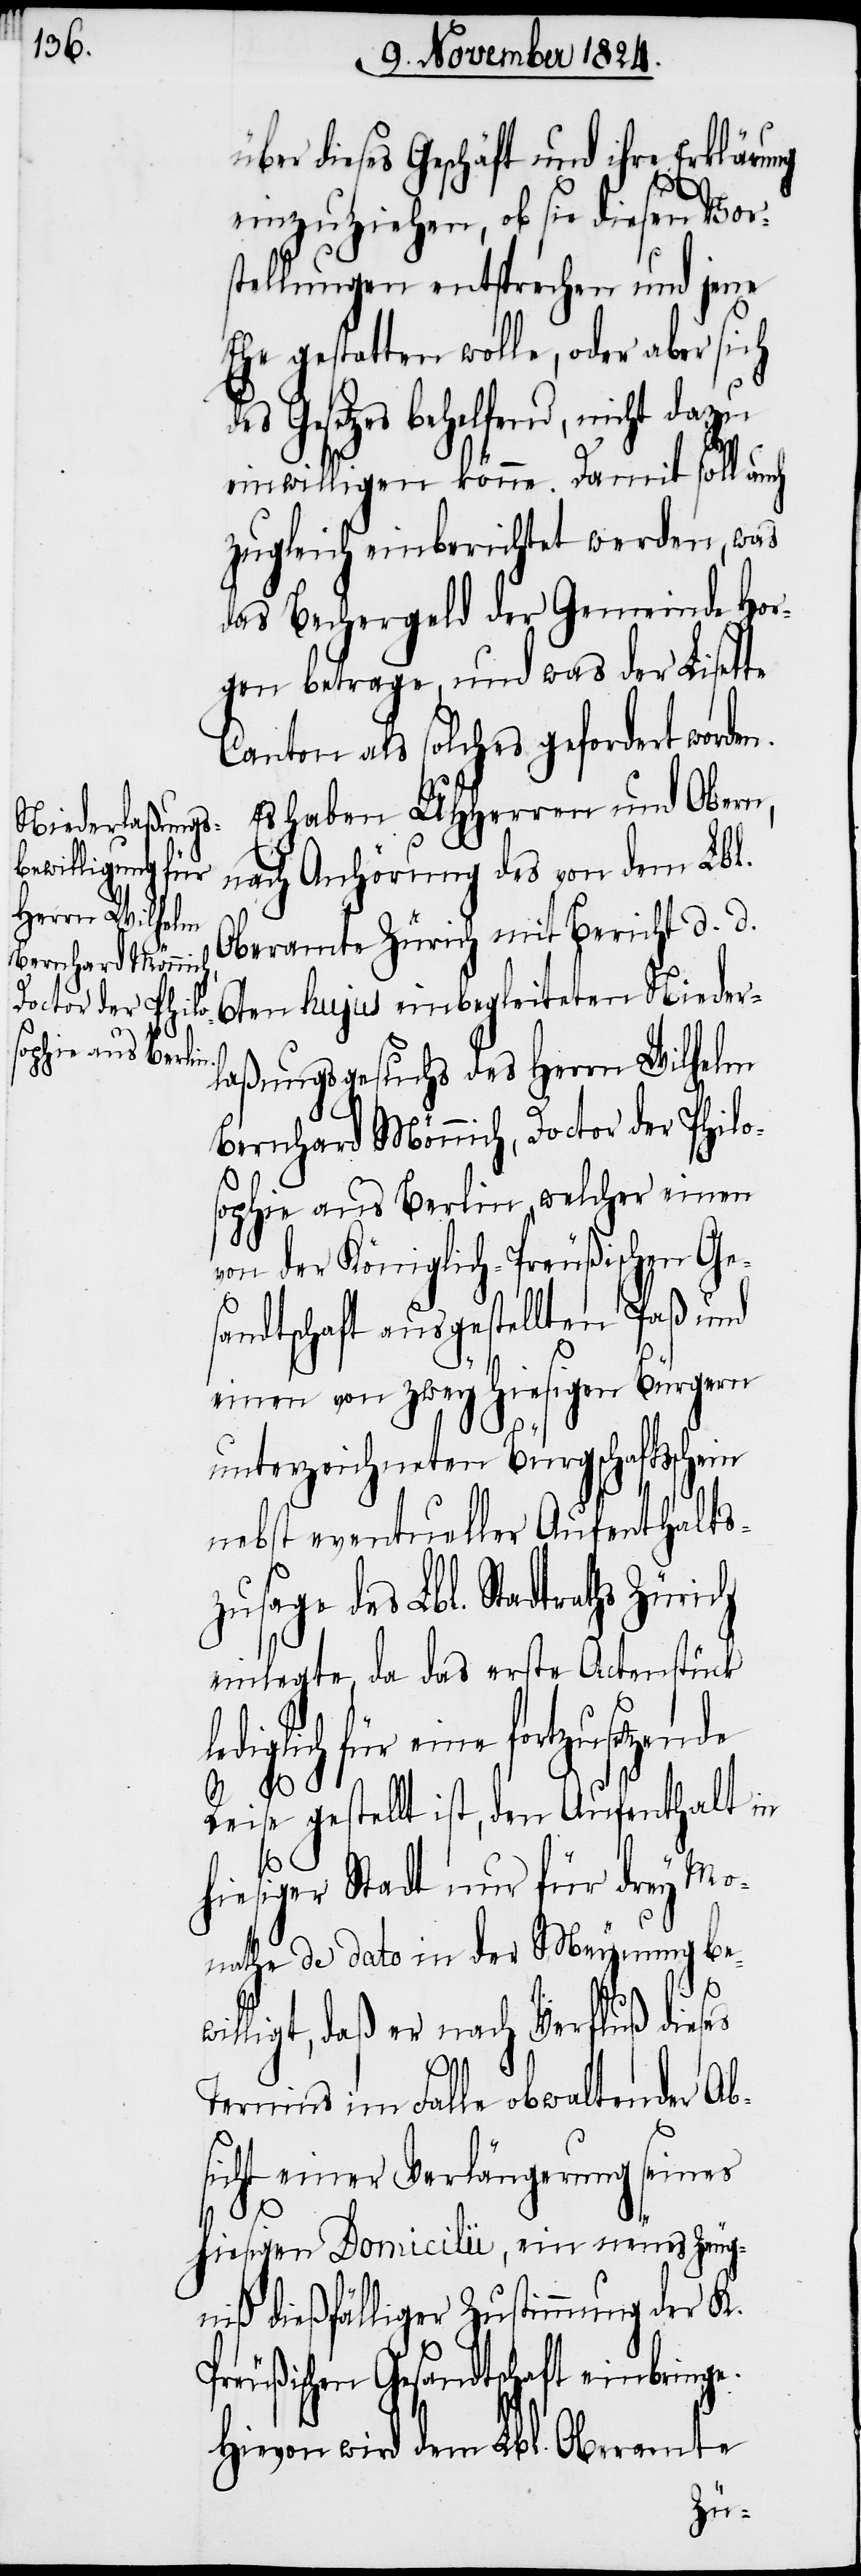
über dieses Geschäft und ihre Erklärung
einzuziehen, ob sie diesen Vors¬
tellungen entsprechen und jene
so gestatten wolle, oder aber sich
Gesetzes behelfend, nicht dazu
le¬
einwilligen könne. Damit soll auch
zugleich einberichtet werden, was
das Bechergeld der Gemeinde Hor¬
gen betrage, und was der Lisette
Canton als solches gefordert worde¬
Es haben UHHerren und Obern,
nach Anhörung des von dem Lbl.
Oberamte Zürich mit Bericht d. d.
6ten hujus einbegleiteten Nieder¬
laßungsgesuchs des Herrn Wilhelm
Bernhard Mönnich, Doctor der Philo¬
sophie aus Berlin, welcher einen
von der Königlich-Preußischen Ge¬
sandtschaft ausgestellten Paß und
einen von zwey hiesigen Bürgern
unterzeichneten Bürgschaftsschein
nebst eventueller Aufenthalts¬
zusage des Lbl. Stadtraths Züri¬
einlegte, da das erste Actenstück
diglich für eine fortzusetzende
Reise gestellt ist, den Aufenthalt in
hiesiger Stadt nur für drey Mo¬
nathe de dato in der Meynung be¬
willigt, daß er nach Verfluß dieses
Termins im Falle obwaltender Ab¬
sicht einer Verlängerung seines
ch
hiesigen Domicilii, ein neues Zeug¬
niß dießfälliger Zustimmung der K.
Preußischen Gesandtschaft einbringe.
Hievon wird dem Lbl. Oberamte